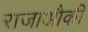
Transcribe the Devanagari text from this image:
राजाऔकी